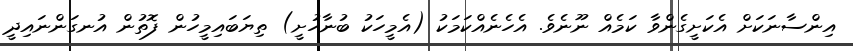
އިންސާނަކަށް އެކަށީގެންވާ ކަމެއް ނޫނެވެ. އެހެނެއްކަމަކު (އެމީހަކު ބުނާހުށީ) ތިޔަބައިމީހުން ފޮތުން އުނގަންނައިދީ